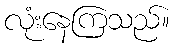
လုံးနေကြသည်။